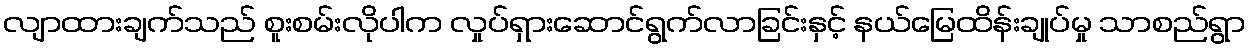
လျာထားချက်သည် စူးစမ်းလိုပါက လှုပ်ရှားဆောင်ရွက်လာခြင်းနှင့် နယ်မြေထိန်းချုပ်မှု သာစည်ရွာ